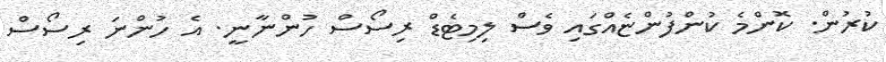
ކުރުން. ކޮންމެ ކުންފުންޏެއްގައި ވެސް ލިމިޓެޑް ރިސޯސް ހުންނާނީ. އެ ހުންނަ ރިސޯސް